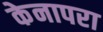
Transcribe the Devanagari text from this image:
केनापरा